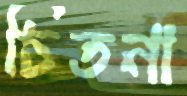
চিতনা